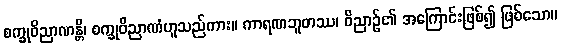
စက္ခုဝိညာဏန္တိ၊ စက္ခုဝိညာဏံဟူသည်ကား။ ကာရဏဘူတဿ၊ ဝိညာဉ်၏ အကြောင်းဖြစ်၍ ဖြစ်သော။